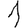
Digit: 1